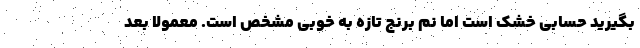
بگیرید حسابی خشک است اما نم برنج تازه به خوبی مشخص است. معمولا بعد